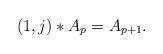
LaTeX: \begin{align*}\left( 1,j\right) \ast A_{p}=A_{p+1}. \end{align*}